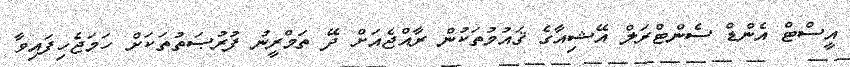
އީސްޓް އެންޑް ސެންޓްރަލް އޭޝިއާގެ ޤައުމުތަކުން ރާއްޖެއަށް ދޭ ތަމްރީނު ފުރުޞަތުތަކަށް ހަމަޖެހިފައިވާ